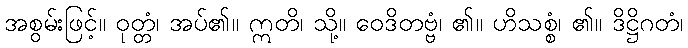
အစွမ်းဖြင့်။ ဝုတ္တံ၊ အပ်၏။ ဣတိ၊ သို့။ ဝေဒိတဗ္ဗံ၊ ၏။ ဟိသစ္စံ၊ ၏။ ဒိဋ္ဌိဂတံ၊